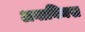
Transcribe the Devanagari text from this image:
अनानिमस